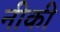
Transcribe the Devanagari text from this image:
नीकी